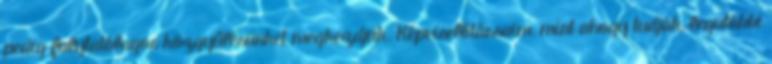
pedig folytatólagos közgyűlésünket megkezdjük. Képviselőtársaim, mint ahogy tudják, legutóbbi